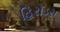
હિરોડસ